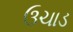
ઉચાડ